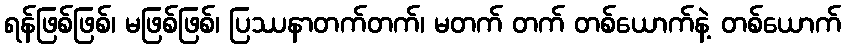
ရန်ဖြစ်ဖြစ်၊ မဖြစ်ဖြစ်၊ ပြဿနာတက်တက်၊ မတက် တက် တစ်ယောက်နဲ့ တစ်ယောက်